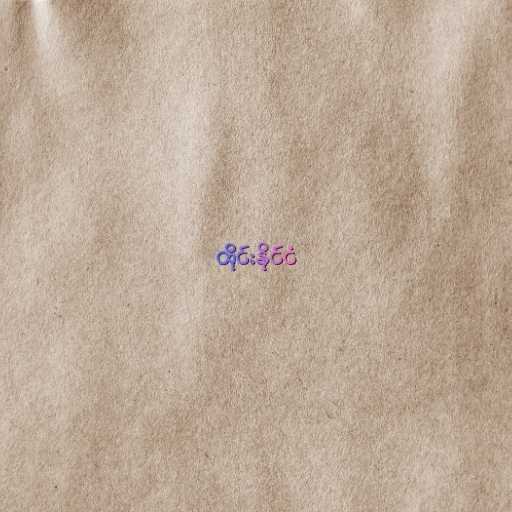
ထိုင်းနိုင်ငံ